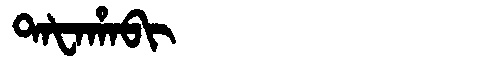
Manchu: ᡨᠠᡶᠠᡥᠠᠪᡳ
Romanization: TAFAHABI